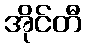
အိုင်တီ